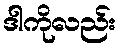
ဒါကိုလည်း